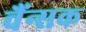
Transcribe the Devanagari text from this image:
वैंन्सक